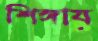
শিঙ্গায়